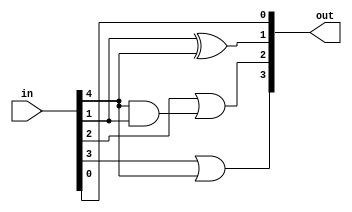
module bcd_to_binary (in,out);
	input [7:0] in;
	output [3:0] out;
	
	assign out[0]=in[0];
	assign out[1]=in[1]^in[4];
	assign out[2]=in[2]|(in[4]&in[1]);
	assign out[3]=in[3]|in[4];
	
endmodule